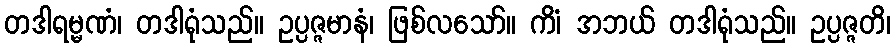
တဒါရမ္မဏံ၊ တဒါရုံသည်။ ဥပ္ပဇ္ဇမာနံ၊ ဖြစ်လသော်။ ကိံ၊ အဘယ် တဒါရုံသည်။ ဥပ္ပဇ္ဇတိ၊